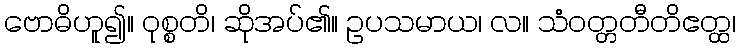
ဗောဓိဟူ၍။ ဝုစ္စတိ၊ ဆိုအပ်၏။ ဥပသမာယ၊ လ။ သံဝတ္တတီတိဧတ္ထ၊